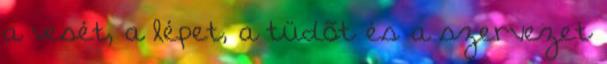
a vesét, a lépet, a tüdõt és a szervezet